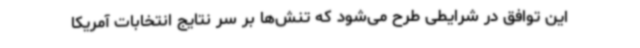
این توافق در شرایطی طرح می‌شود که تنش‌ها بر سر نتایج انتخابات آمریکا